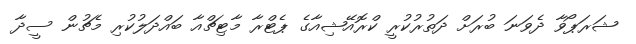
ޝަރަޕޯވާ ދެވަނަ ބުރަށް ދަތުރުކުރީ ކްރޮއޭޝިއާގެ ޕެޓްރާ މާޓިޗްއާ ބައްދަލުކުރި މެޗުން ސީދާ